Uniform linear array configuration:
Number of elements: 64
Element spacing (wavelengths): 0.5
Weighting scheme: hamming
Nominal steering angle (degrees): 15
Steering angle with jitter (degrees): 15.849
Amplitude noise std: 0.05
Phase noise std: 0.05

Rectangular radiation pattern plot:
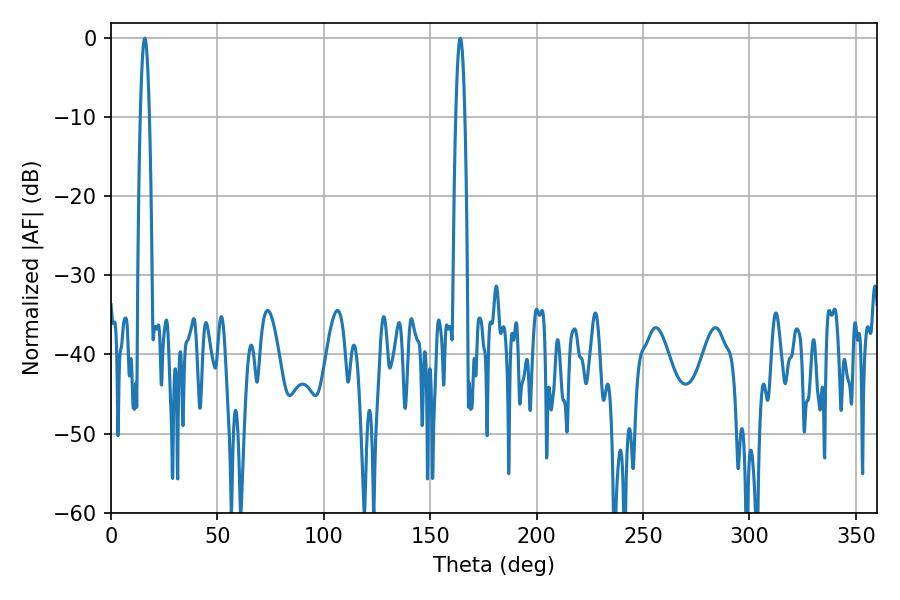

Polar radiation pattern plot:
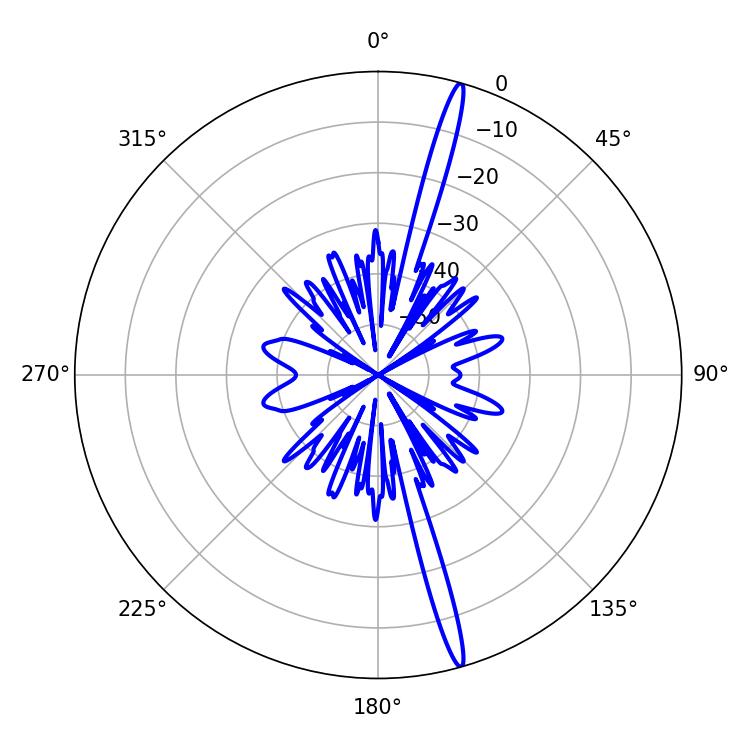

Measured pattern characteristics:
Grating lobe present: FALSE
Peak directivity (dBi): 19.105
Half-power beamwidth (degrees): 2.34
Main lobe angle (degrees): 15.84